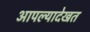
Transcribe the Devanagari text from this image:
आपल्यादेखत